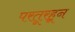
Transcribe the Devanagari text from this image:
परतूरहून